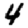
Digit: 4